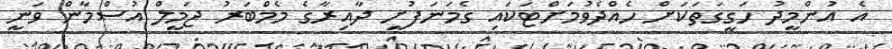
އެ އުންމީދު ހަގީގަތަކަށް ހެއްދެވުމަށްޓަކައި ގެމަނަފުށީ ދާއިރާގެ މެމްބަރު ޖަމީލް އުސްމާން ވަނީ